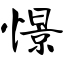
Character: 憬